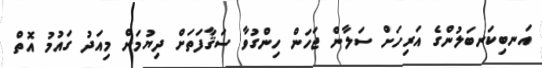
އަނބިކަނބަލުންގެ އަރިހަށް ސަލާން ޖަހަން ހިންގުވާ ސަޤާފަތަށް ދިޔުމަށް މިއަދު ގައުމު އޮތް